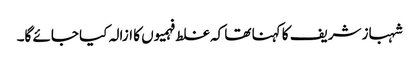
شہباز شریف کا کہنا تھا کہ غلط فہمیوں کا ازالہ کیا جائے گا۔